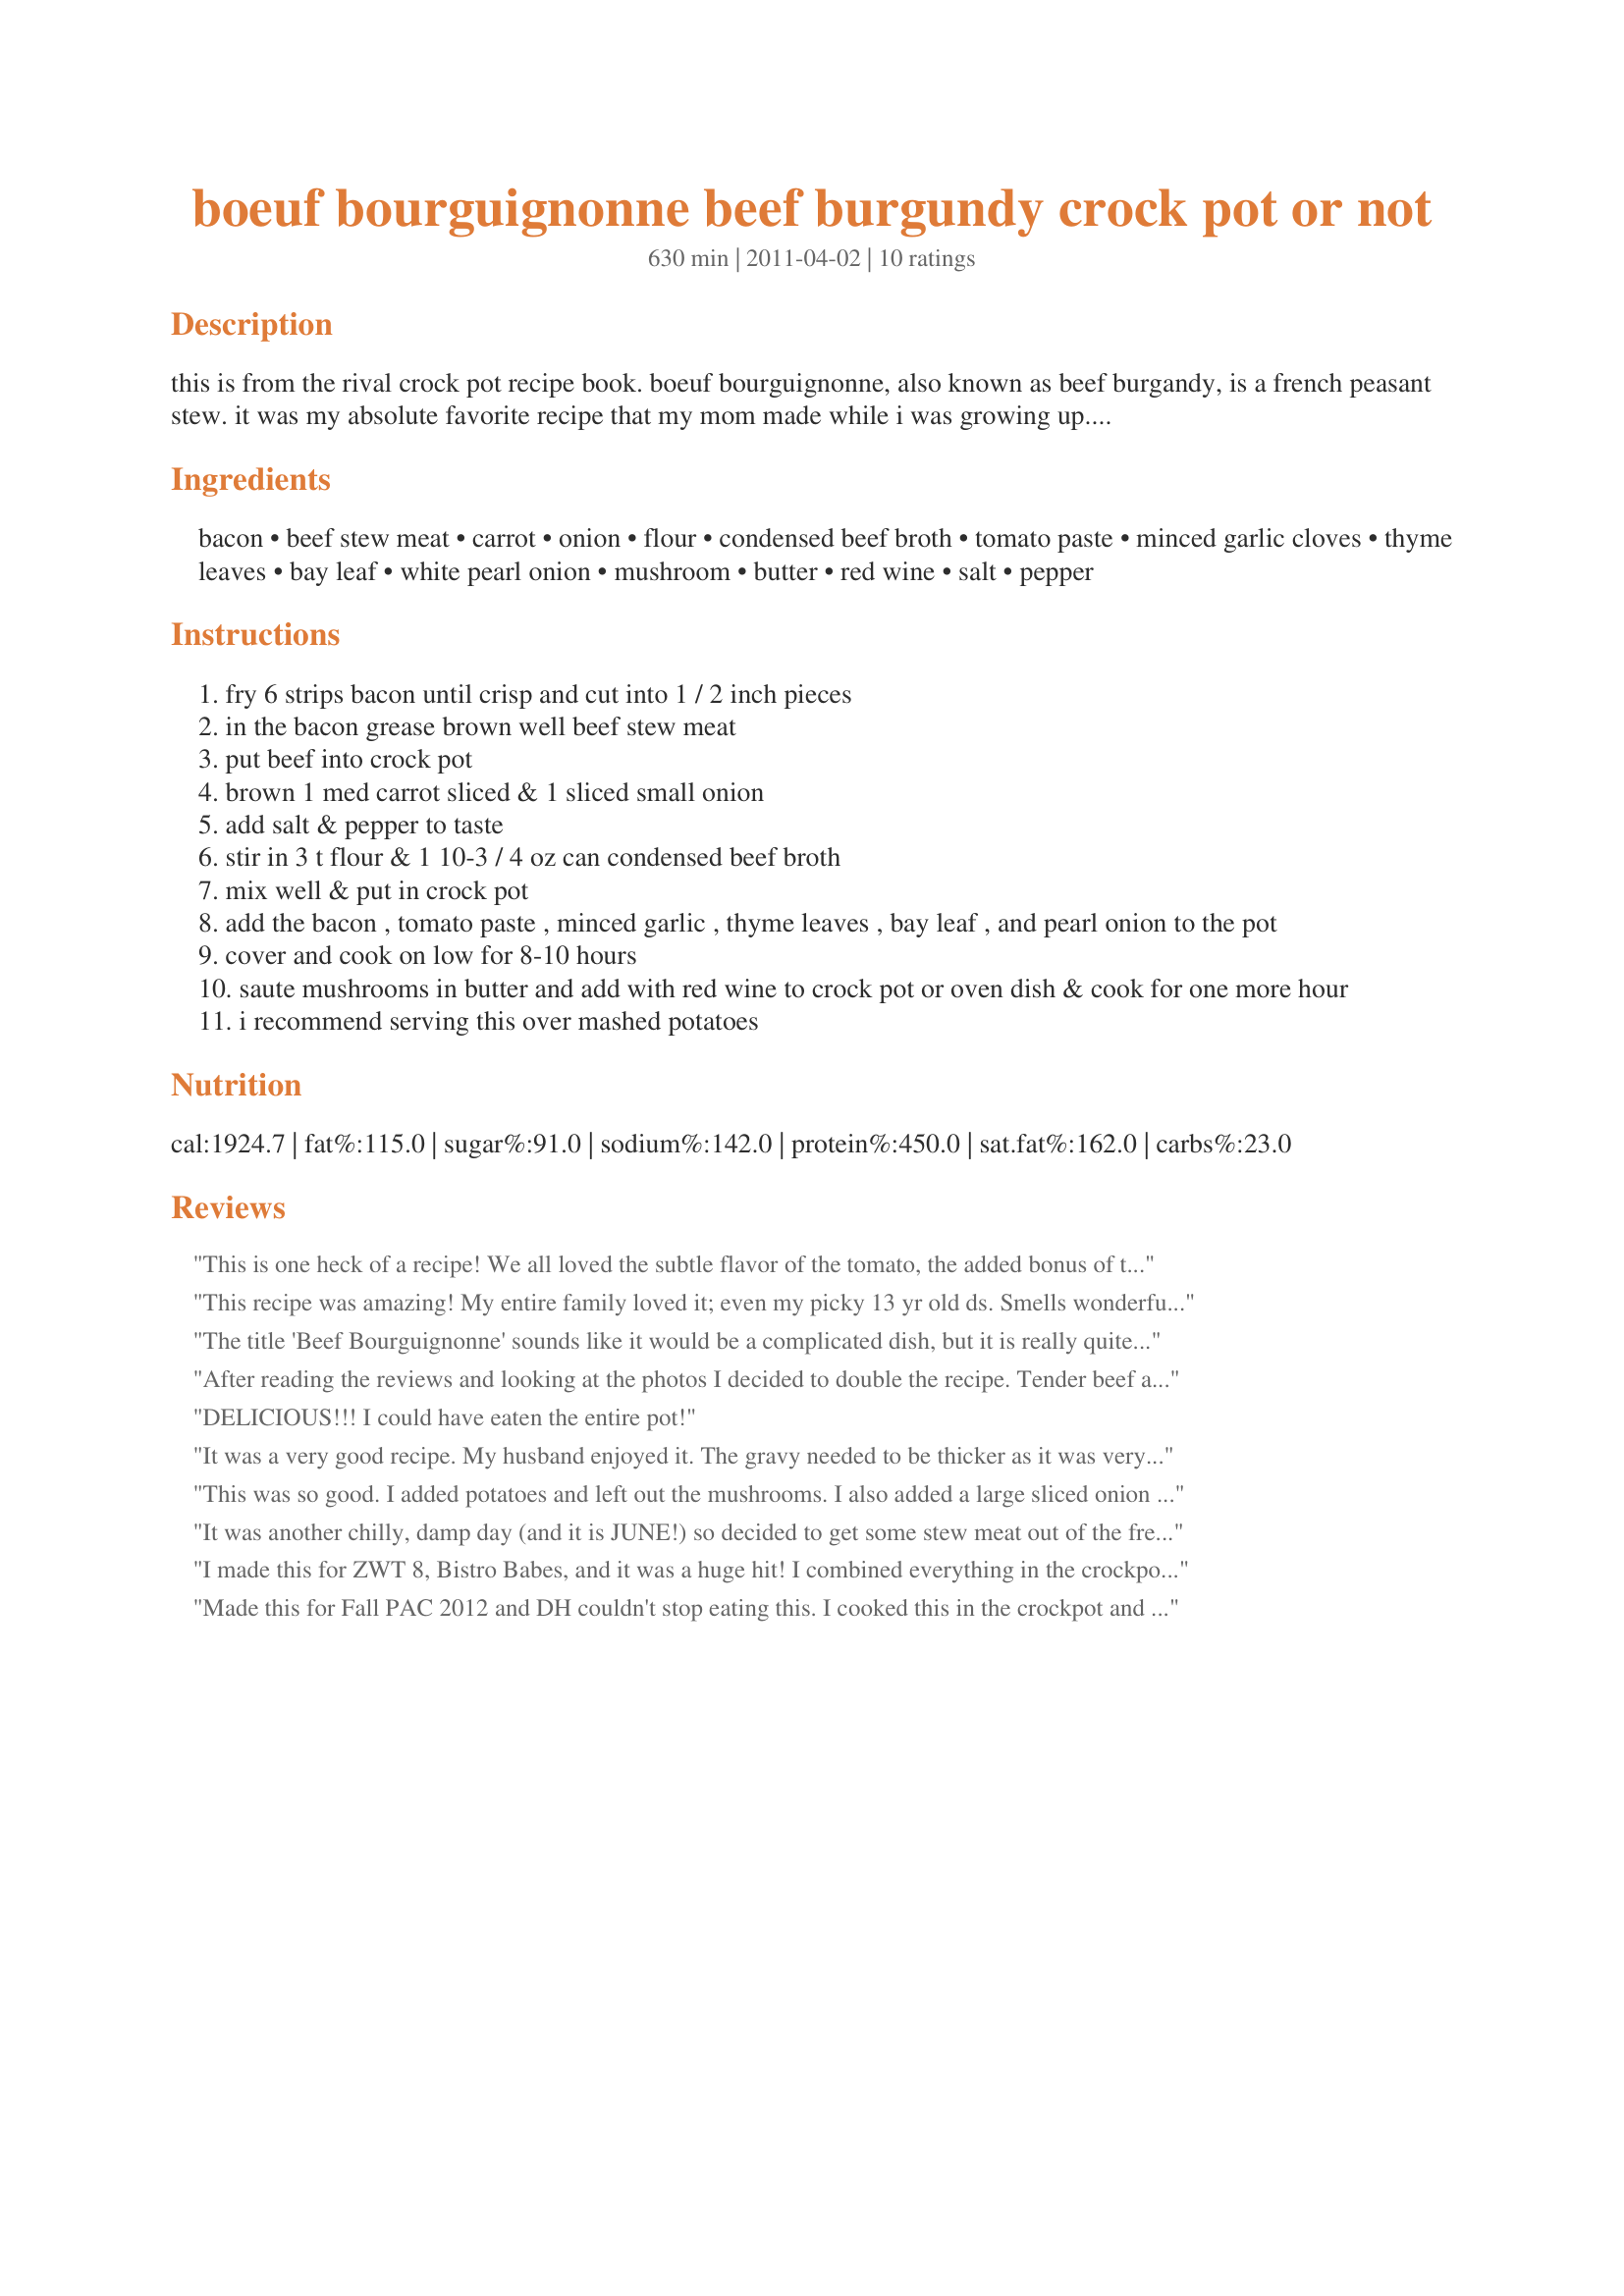
boeuf bourguignonne beef burgundy crock pot or not
Preparation time: 630 minutes

this is from the rival crock pot recipe book. boeuf bourguignonne, also known as beef burgandy, is a french peasant stew. it was my absolute favorite recipe that my mom made while i was growing up.
*to make gravy thicker. turn crock pot to high. combine 3 t flour with 3 t melted butter & put into stew
**to make gravy thicker for oven cooking method, make a roue of the flour & butter & add to oven dish.

Ingredients:
bacon, beef stew meat, carrot, onion, flour, condensed beef broth, tomato paste, minced garlic cloves, thyme leaves, bay leaf, white pearl onion, mushroom, butter, red wine, salt, pepper

Steps:
fry 6 strips bacon until crisp and cut into 1 / 2 inch pieces
in the bacon grease brown well beef stew meat
put beef into crock pot
brown 1 med carrot sliced & 1 sliced small onion
add salt & pepper to taste
stir in 3 t flour & 1 10-3 / 4 oz can condensed beef broth
mix well & put in crock pot
add the bacon , tomato paste , minced garlic , thyme leaves , bay leaf , and pearl onion to the pot
cover and cook on low for 8-10 hours
saute mushrooms in butter and add with red wine to crock pot or oven dish & cook for one more hour
i recommend serving this over mashed potatoes

Reviews:
This is one heck of a recipe! We all loved the subtle flavor of the tomato, the added bonus of the mushrooms and onions and the beef was so tender I swear I could have fed it to a toddler. I prepared it in the crock pot and it was finished and literally so juicy and tender in just 4 1/2 hours. The only thing missing were the pearl onions as my small area of the state just does not carry them at the market. I will definitely be using this method again as it made a cheap tough cut of beef feel like we were eating the best there is to buy. Found and made during the ZWT8 tour.
This recipe was amazing! My entire family loved it; even my picky 13 yr old ds. Smells wonderful while it cooks and so easy to make. I substituted sliced mushrooms and baby carrots, but otherwise followed the recipe as written. I know this is a dish my family will ask for again and again...
The title 'Beef Bourguignonne' sounds like it would be a complicated dish, but it is really quite simple to make. You get a wonderfully tender beef stew made with red wine that premiates the air while it cooks. All day you hear, 'Is it done yet?". My husband said if he were the neighbors, he would come over and slap me dead in the face because he could smell it outside and it was just wrong not to get some, lol. (he really said that). The only change I made to this recipe (I did mine in a dutch oven) was to double the amount of wine and use 4 carrots cause we love em. DH said next time to add potatoes. Great recipe, thanks for sharing. :)
After reading the reviews and looking at the photos I decided to double the recipe. Tender beef and vege&#039;s in a nice gravy. I dont think DH would have liked the pearl onions so I chopped a medium size red onion and added that. He loves gravy so I did not thicken mine and served with mashed potatoes. Do want to give those pearl onions a try so will make it again! Made and reviewed for Culinary Quest - 2015.
DELICIOUS!!! I could have eaten the entire pot!
It was a very good recipe. My husband enjoyed it. The gravy needed to be thicker as it was very runny. Make in the oven. Added extra carrots. Thanks for posting.
This was so good. I added potatoes and left out the mushrooms. I also added a large sliced onion instead of the pearl onions. I am hoping there will be enough leftovers my lunch for both my Dh and I but I doubt it, :-( I did need to add a little flour and butter at the end to get it thicker. So yummy!
It was another chilly, damp day (and it is JUNE!) so decided to get some stew meat out of the freezer and make this. I have done the Rival version in the crockpot before, and since I had to thaw the meat, decided to do the oven method. Turned out great! I made a couple of minor changes-used baby carrots and sliced mushrooms. It was done in the two hours recommended in the instructions, and the meat was very tender. Served over garlic mashed potatoes. Made for ZWT 7.
I made this for ZWT 8, Bistro Babes, and it was a huge hit! I combined everything in the crockpot at the same time and the dish turned out perfectly. Delcious! Thanks for sharing this recipe.
Made this for Fall PAC 2012 and DH couldn't stop eating this. I cooked this in the crockpot and the meat came out sooo tender and everything was done perfectly. Served over garlic mashed potatoes. Our company wanted the recipe so I ran up and printed them a copy. Thank you for posting.
